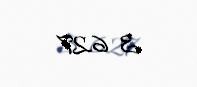
3 627